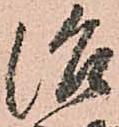
治